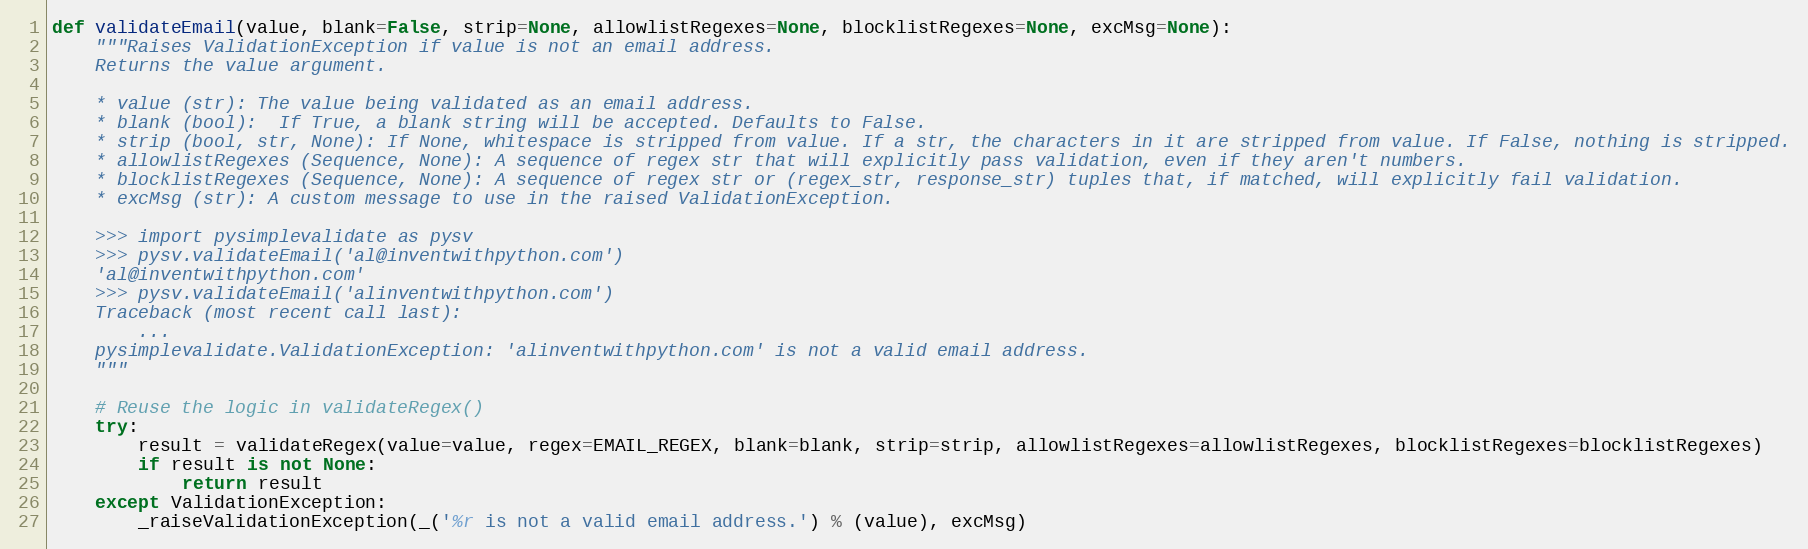
Language: Python
def validateEmail(value, blank=False, strip=None, allowlistRegexes=None, blocklistRegexes=None, excMsg=None):
    """Raises ValidationException if value is not an email address.
    Returns the value argument.

    * value (str): The value being validated as an email address.
    * blank (bool):  If True, a blank string will be accepted. Defaults to False.
    * strip (bool, str, None): If None, whitespace is stripped from value. If a str, the characters in it are stripped from value. If False, nothing is stripped.
    * allowlistRegexes (Sequence, None): A sequence of regex str that will explicitly pass validation, even if they aren't numbers.
    * blocklistRegexes (Sequence, None): A sequence of regex str or (regex_str, response_str) tuples that, if matched, will explicitly fail validation.
    * excMsg (str): A custom message to use in the raised ValidationException.

    >>> import pysimplevalidate as pysv
    >>> pysv.validateEmail('al@inventwithpython.com')
    'al@inventwithpython.com'
    >>> pysv.validateEmail('alinventwithpython.com')
    Traceback (most recent call last):
        ...
    pysimplevalidate.ValidationException: 'alinventwithpython.com' is not a valid email address.
    """

    # Reuse the logic in validateRegex()
    try:
        result = validateRegex(value=value, regex=EMAIL_REGEX, blank=blank, strip=strip, allowlistRegexes=allowlistRegexes, blocklistRegexes=blocklistRegexes)
        if result is not None:
            return result
    except ValidationException:
        _raiseValidationException(_('%r is not a valid email address.') % (value), excMsg)